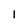
Character: I